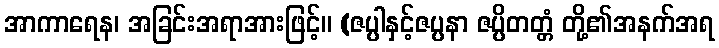
အာကာရေန၊ အခြင်းအရာအားဖြင့်။ (ဇပ္ပါနှင့်ဇပ္ပနာ ဇပ္ပိတတ္တံ တို့၏အနက်အရ